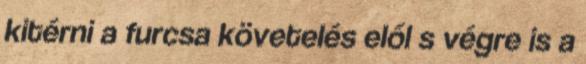
kitérni a furcsa követelés elől s végre is a